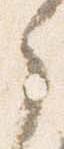
之